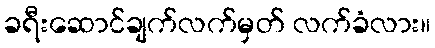
ခရီးဆောင်ချက်လက်မှတ် လက်ခံလား။